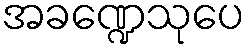
အခဏ္ဍေသုပေ